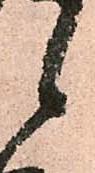
候